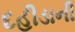
દહીડાની